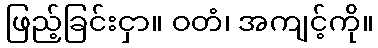
ဖြည့်ခြင်းငှာ။ ဝတံ၊ အကျင့်ကို။